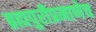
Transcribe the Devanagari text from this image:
ब्रह्मपुरीप्रमाणेच